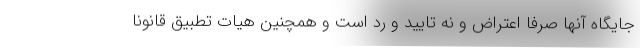
جایگاه آنها صرفا اعتراض و نه تایید و رد است و همچنین هیات تطبیق قانونا